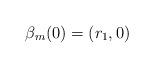
LaTeX: \begin{align*}\beta_m(0)=(r_1,0)\end{align*}